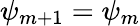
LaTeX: \psi_{m+1}=\psi_{m}